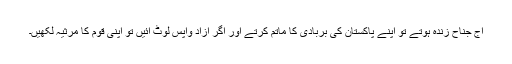
آج جناح زندہ ہوتے تو اپنے پاکستان کی بربادی کا ماتم کرتے اور اگر آزاد واپس لوٹ آئیں تو اپنی قوم کا مرثیہ لکھیں۔